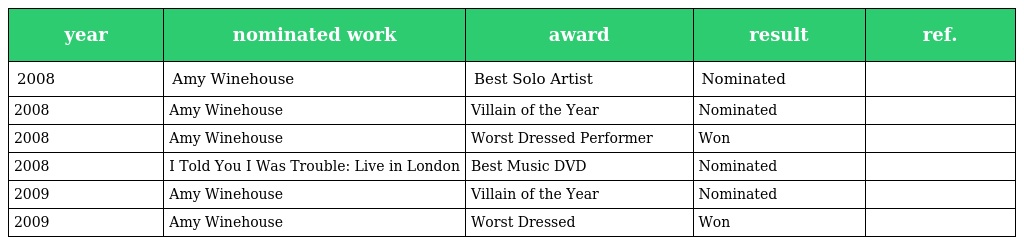
| year | nominated work | award | result | ref. |
 | --- | --- | --- | --- | --- |
 | 2008 | Amy Winehouse | Best Solo Artist | Nominated |  |
 | 2008 | Amy Winehouse | Villain of the Year | Nominated |  |
 | 2008 | Amy Winehouse | Worst Dressed Performer | Won |  |
 | 2008 | I Told You I Was Trouble: Live in London | Best Music DVD | Nominated |  |
 | 2009 | Amy Winehouse | Villain of the Year | Nominated |  |
 | 2009 | Amy Winehouse | Worst Dressed | Won |  |